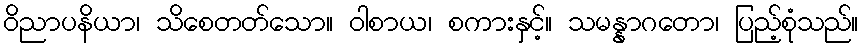
ဝိညာပနိယာ၊ သိစေတတ်သော။ ဝါစာယ၊ စကားနှင့်။ သမန္နာဂတော၊ ပြည့်စုံသည်။